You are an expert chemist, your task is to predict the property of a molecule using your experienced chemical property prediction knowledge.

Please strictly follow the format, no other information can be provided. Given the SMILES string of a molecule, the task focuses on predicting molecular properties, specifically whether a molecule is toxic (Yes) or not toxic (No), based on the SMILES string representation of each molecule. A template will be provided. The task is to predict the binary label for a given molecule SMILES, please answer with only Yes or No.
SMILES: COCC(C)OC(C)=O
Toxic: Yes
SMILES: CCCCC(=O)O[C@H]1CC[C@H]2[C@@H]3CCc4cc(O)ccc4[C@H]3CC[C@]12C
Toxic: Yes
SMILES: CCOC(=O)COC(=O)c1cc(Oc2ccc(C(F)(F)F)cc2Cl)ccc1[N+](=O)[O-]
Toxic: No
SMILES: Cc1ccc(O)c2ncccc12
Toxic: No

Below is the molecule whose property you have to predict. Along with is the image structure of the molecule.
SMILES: O=[N+]([O-])O[C@H]1CO[C@H]2[C@@H]1OC[C@H]2O[N+](=O)[O-]
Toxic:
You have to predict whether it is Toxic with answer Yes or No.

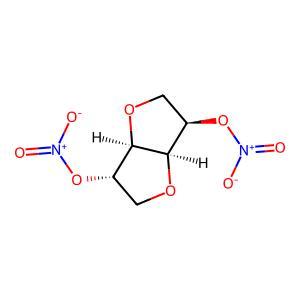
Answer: No